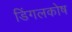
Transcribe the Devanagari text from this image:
डिंगलकोष